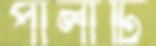
পালাটি